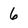
Character: 6